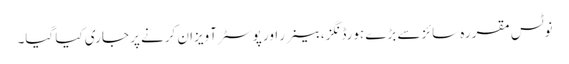
نوٹس مقررہ سائزسے بڑے ہورڈنگز،بینرر اور پوسٹر آویزان کرنے پر جاری کیا گیا۔